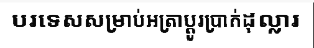
បរទេសសម្រាប់អត្រាប្តូរប្រាក់ដុល្លារ